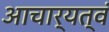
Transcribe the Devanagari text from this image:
आचार्यत्वं